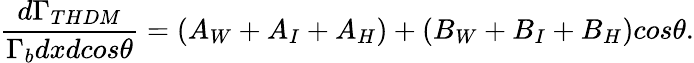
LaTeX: \frac{d\Gamma_{THDM}}{\Gamma_{b}dxdcos\theta}=(A_{W}+A_{I}+A_{H})+(B_{W}+B_{I}+B_{H})cos\theta.